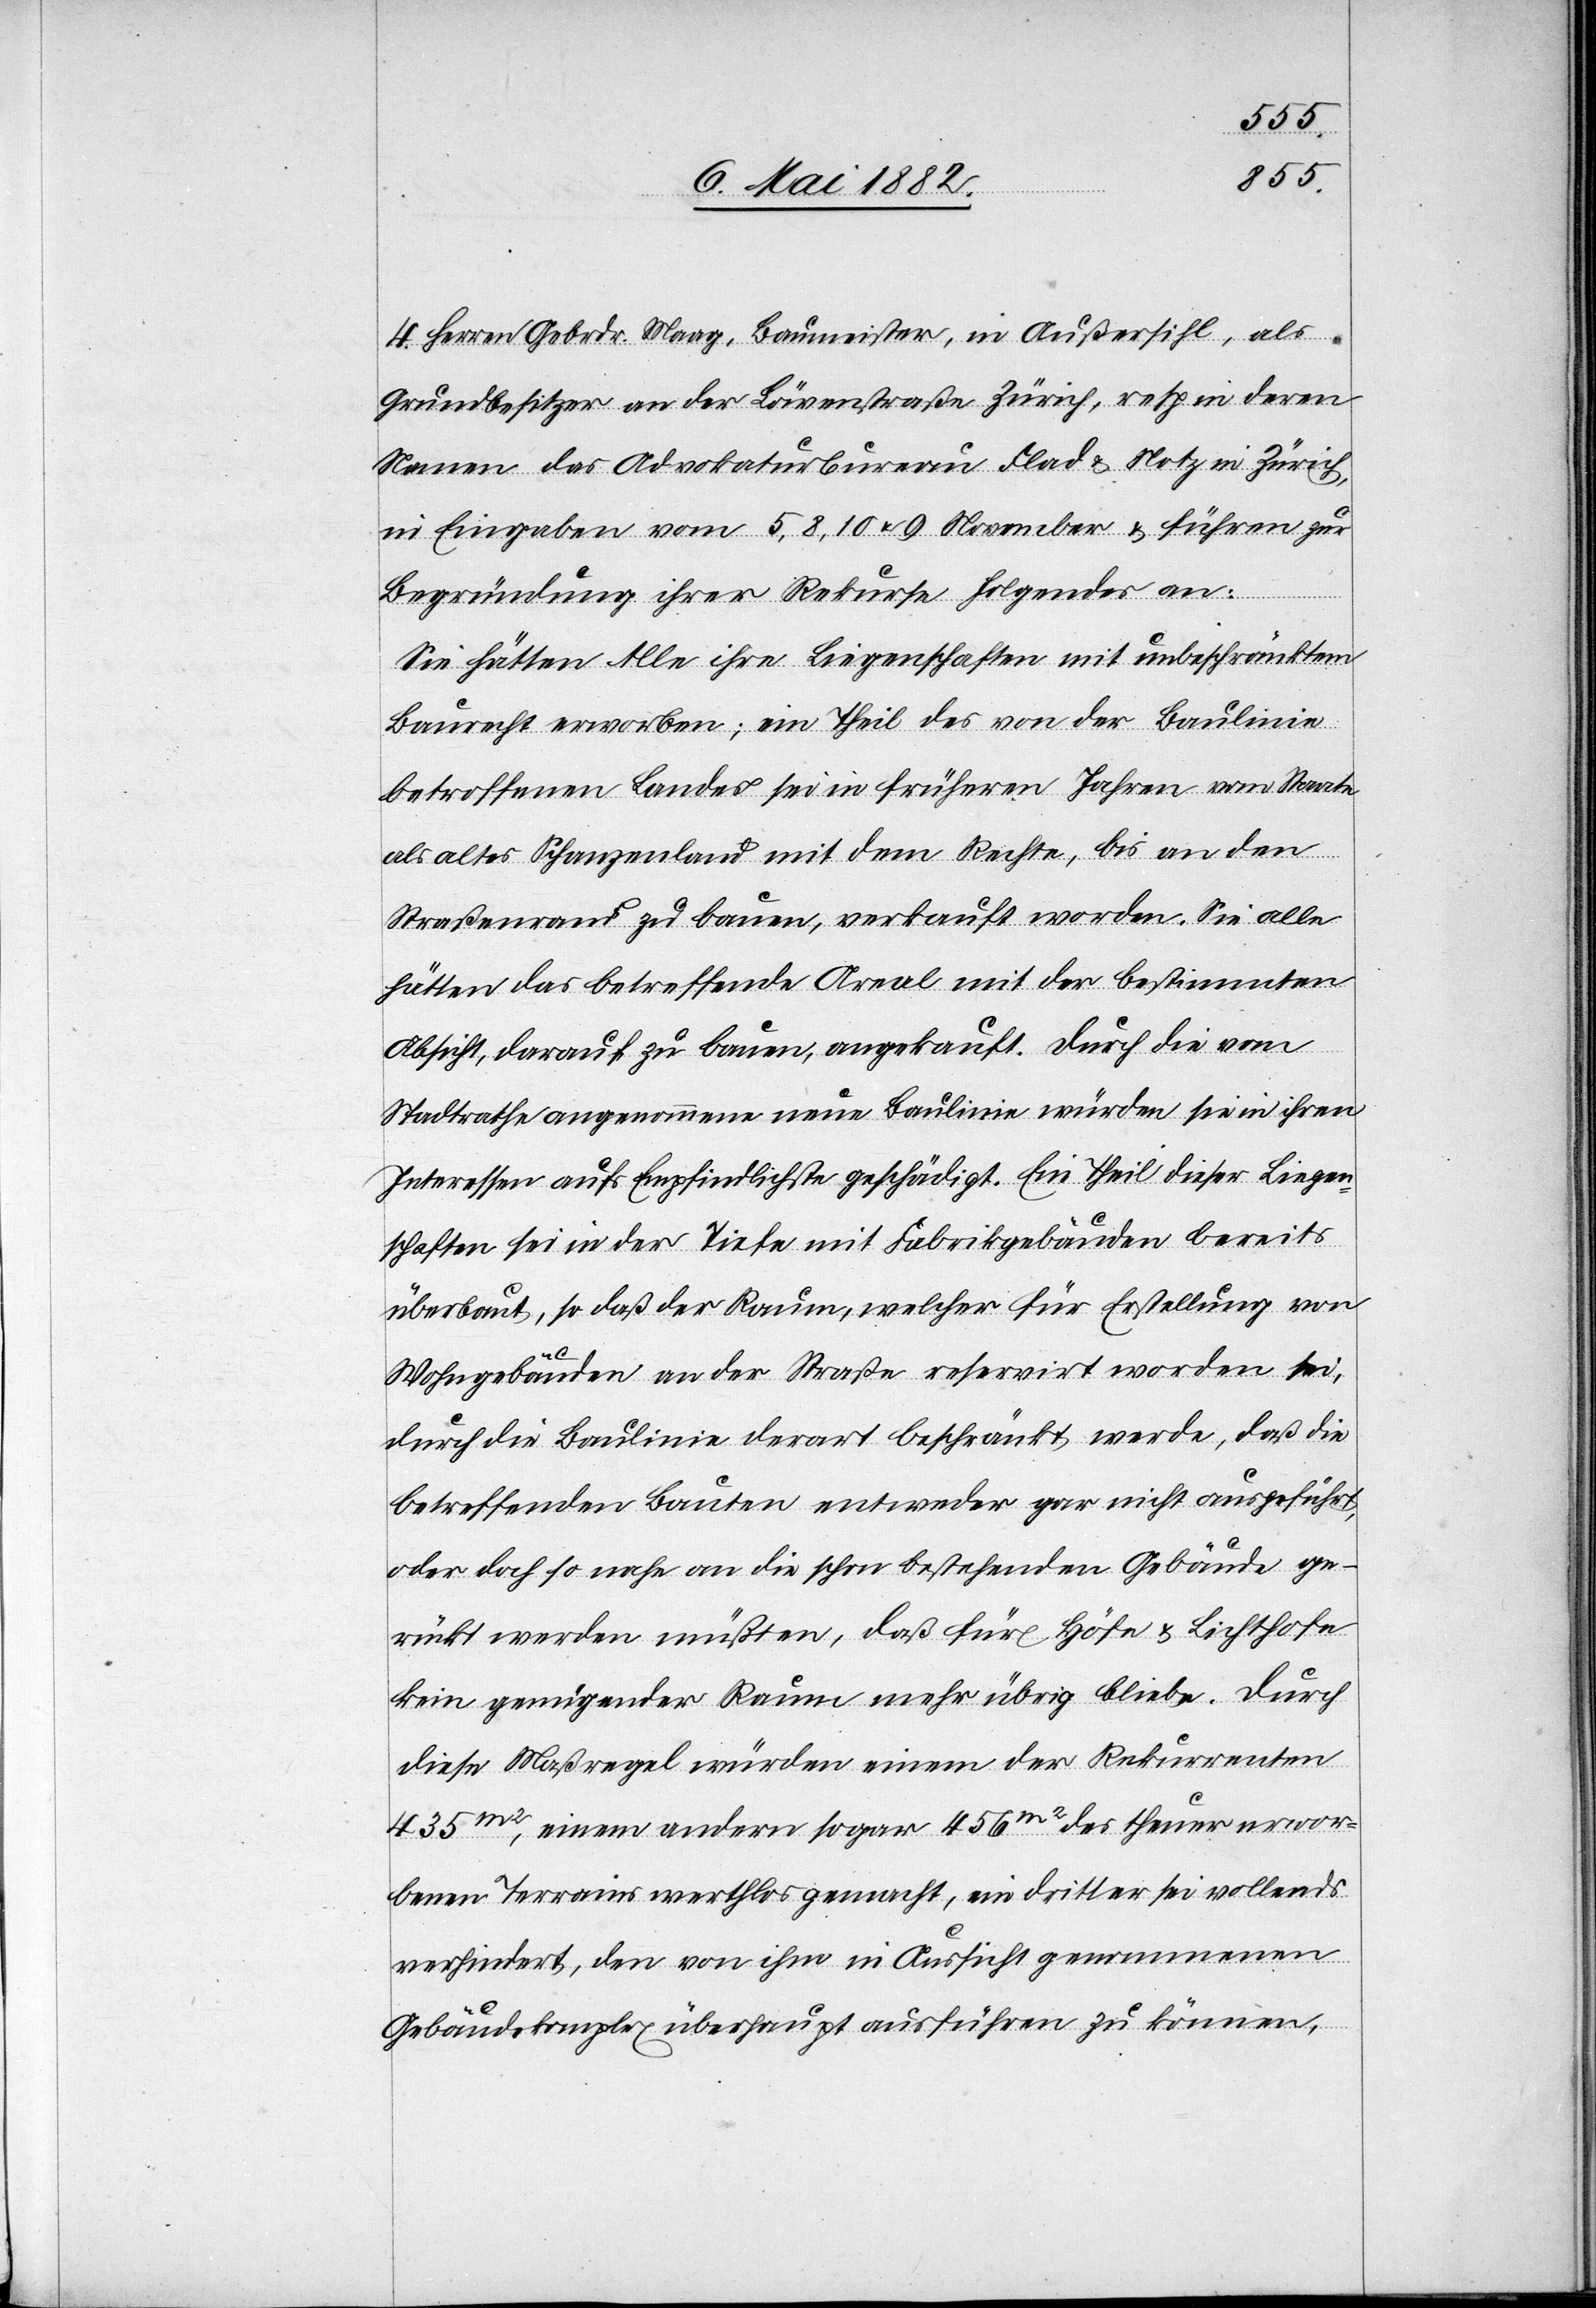
4. Herren Gebrdr. Maag, Baumeister in Außersihl, als
Grundbesitzer an der Löwenstraße Zürich, resp. in deren
Namen das Advokaturbureau Flad & Notz in Zürich,
in Eingaben vom 5., 8., 10. u. 9. November & führen zur
Begründung ihrer Rekurse Folgendes an:
Sie hätten Alle ihre Liegenschaften mit unbeschränktem
Baurecht erworben; ein Theil des von der Baulinie
betroffenen Landes sei in früheren Jahren vom Staate
als altes Schanzenland mit dem Rechte, bis an den
Straßenrand zu bauen, verkauft worden. Sie alle
hätten das betreffende Areal mit der bestimmten
Absicht, darauf zu bauen, angekauft. Durch die vom
Stadtrathe angenommene neue Baulinie würden sie in ihren
Interessen aufs Empfindlichste geschädigt. Ein Theil dieser Liegen¬
schaften sei in der Tiefe mit Fabrikgebäuden bereits
überbaut, so daß der Raum, welcher für Erstellung von
Wohngebäuden an der Straße reservirt worden sei,
durch die Baulinie derart beschränkt werde, daß die
betreffenden Bauten entweder gar nicht ausgeführt,
oder doch so nahe an die schon bestehenden Gebäude ge¬
rückt werden müßten, daß für Höfe & Lichthöfe
kein genügender Raum mehr übrig bleibe. Durch
diese Maßregel würden einem der Rekurrenten
435m2, einem andern sogar 456m2 des theuer erwor¬
benen Terrains werthlos gemacht, ein dritter sei vollends
verhindert, den von ihm in Aussicht genommenen
Gebäudekomplex überhaupt ausführen zu können,